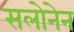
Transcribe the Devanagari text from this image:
सलोनेन